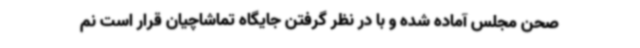
صحن مجلس آماده شده و با در نظر گرفتن جایگاه تماشاچیان قرار است نم